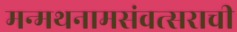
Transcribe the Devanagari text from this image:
मन्मथनामसंवत्सराची